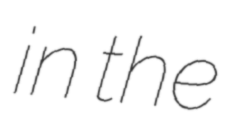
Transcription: in the